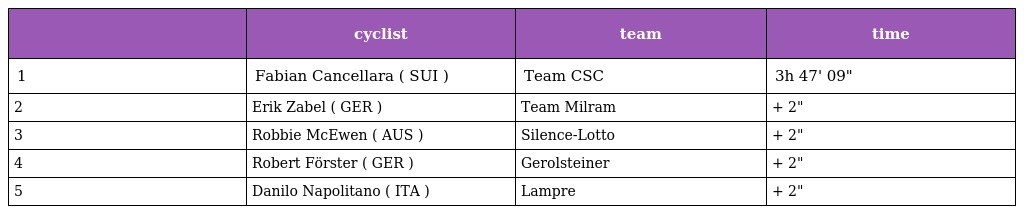
|  | cyclist | team | time |
 | --- | --- | --- | --- |
 | 1 | Fabian Cancellara ( SUI ) | Team CSC | 3h 47' 09" |
 | 2 | Erik Zabel ( GER ) | Team Milram | + 2" |
 | 3 | Robbie McEwen ( AUS ) | Silence-Lotto | + 2" |
 | 4 | Robert Förster ( GER ) | Gerolsteiner | + 2" |
 | 5 | Danilo Napolitano ( ITA ) | Lampre | + 2" |